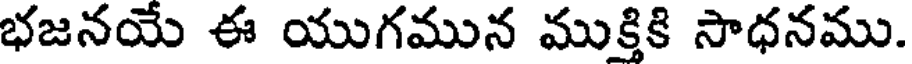
భజనయే ఈ యుగమున ముక్తికి సాధనము.